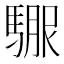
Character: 𲋻